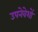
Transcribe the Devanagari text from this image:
उपनेवेशों